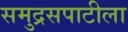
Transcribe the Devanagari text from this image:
समुद्रसपाटीला